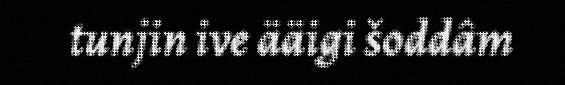
tunjin ive ääigi šoddâm